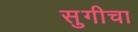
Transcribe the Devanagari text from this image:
सुगीचा